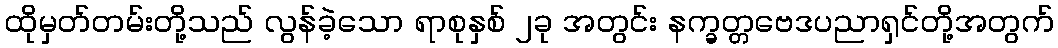
ထိုမှတ်တမ်းတို့သည် လွန်ခဲ့သော ရာစုနှစ် ၂ခု အတွင်း နက္ခတ္တဗေဒပညာရှင်တို့အတွက်